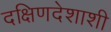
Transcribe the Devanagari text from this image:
दक्षिणदेशाशी